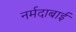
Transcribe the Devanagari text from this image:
नर्मदाबाई